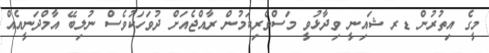
މީގެ އިތުރުން ޑރ ޝައިނީ ވިދާޅުވީ މަސްވެރިކަމުން ރާއްޖެއަށް ދުވަހަކުވެސް ނުލިބޭ އާމްދަނީއެއް